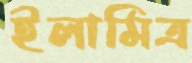
ইলামিত্র